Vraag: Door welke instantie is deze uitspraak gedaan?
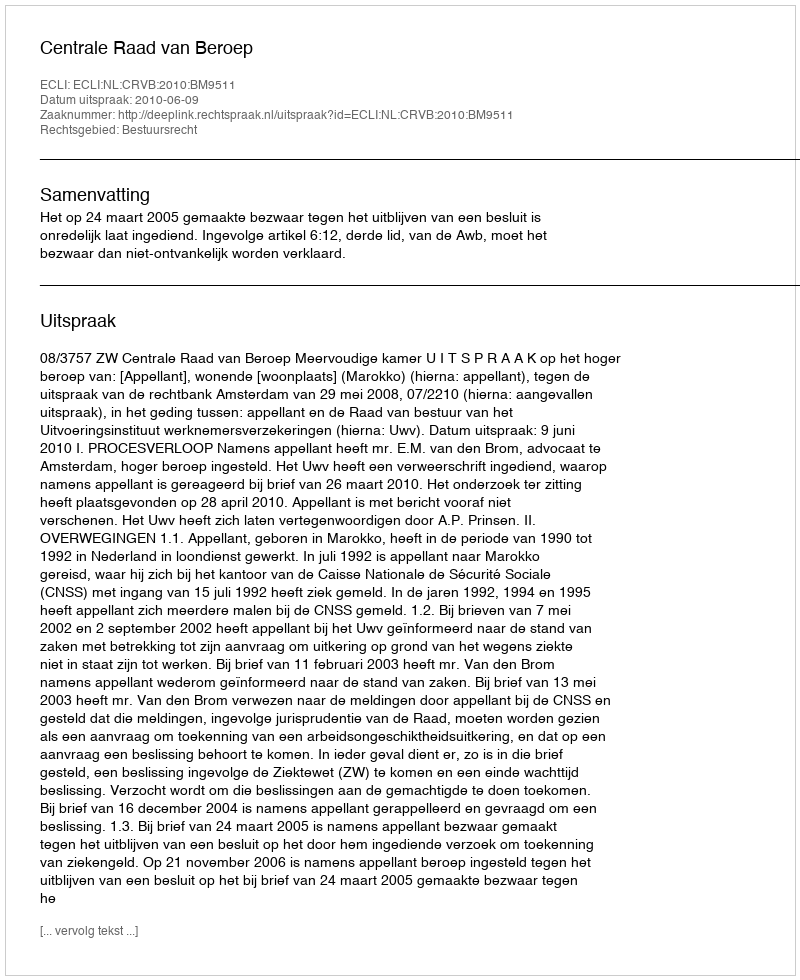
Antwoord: Centrale Raad van Beroep